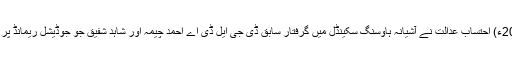
19 جون2018ء) احتساب عدالت نے آشیانہ ہاوسنگ سکینڈل میں گرفتار سابق ڈی جی ایل ڈی اے احمد چیمہ اور شاہد شفیق جو جوڈیشل ریمانڈ پر جیل بھیج دیا۔